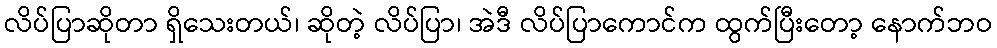
လိပ်ပြာဆိုတာ ရှိသေးတယ်၊ ဆိုတဲ့ လိပ်ပြာ၊ အဲဒီ လိပ်ပြာကောင်က ထွက်ပြီးတော့ နောက်ဘဝ